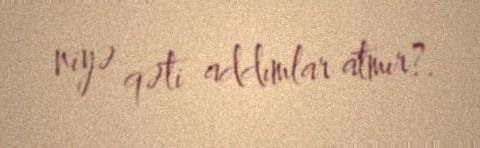
niyə qəti addımlar atmır?.